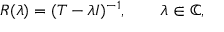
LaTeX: R ( \lambda ) = ( T - \lambda I ) ^ { - 1 } , \qquad \lambda \in \mathbb { C } ,